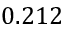
0 . 2 1 2